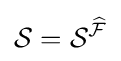
{\mathcal {S}}={\mathcal {S}}^{\widehat {\mathcal {F}}}